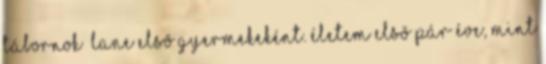
Tábornok” Lane elsõ gyermekeként. Életem elsõ pár éve, mint